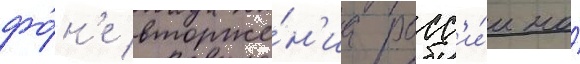
фо́н'е вторже́н'иа росс'и́и на́